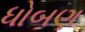
ધોબણ